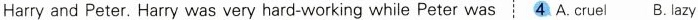
Harry and Peter. Harry was very hard-working while Peter was 4 A. cruel B.lazy